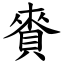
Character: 賚